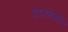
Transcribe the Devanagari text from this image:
दर्‍यादेखील